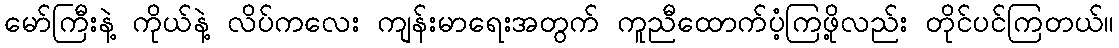
မော်ကြီးနဲ့ ကိုယ်နဲ့ လိပ်ကလေး ကျန်းမာရေးအတွက် ကူညီထောက်ပံ့ကြဖို့လည်း တိုင်ပင်ကြတယ်။